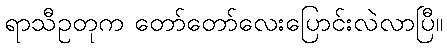
ရာသီဥတုက တော်တော်လေးပြောင်းလဲလာပြီ။